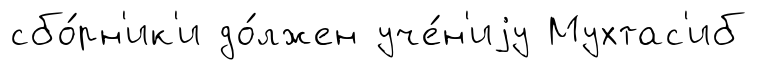
сбо́рн'ик'и до́лжен уче́н'иjу Мухтас'иб